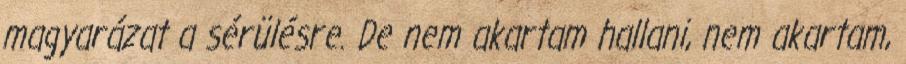
magyarázat a sérülésre. De nem akartam hallani, nem akartam,